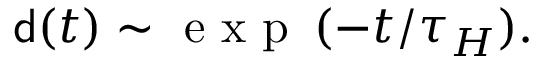
{ \mathsf { d } } ( t ) \sim \mathrm { ~ e ~ x ~ p ~ } \, ( - t / \tau _ { H } ) .